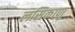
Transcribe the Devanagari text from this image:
लसिकाणु